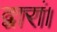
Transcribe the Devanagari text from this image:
द्वारां।